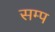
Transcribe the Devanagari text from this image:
सम्प